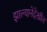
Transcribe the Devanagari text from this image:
झाल्यानेदेखील